Code of medical and sanitary regulations for the guidance of medical officers serving in the Madras Presidency - Volume I
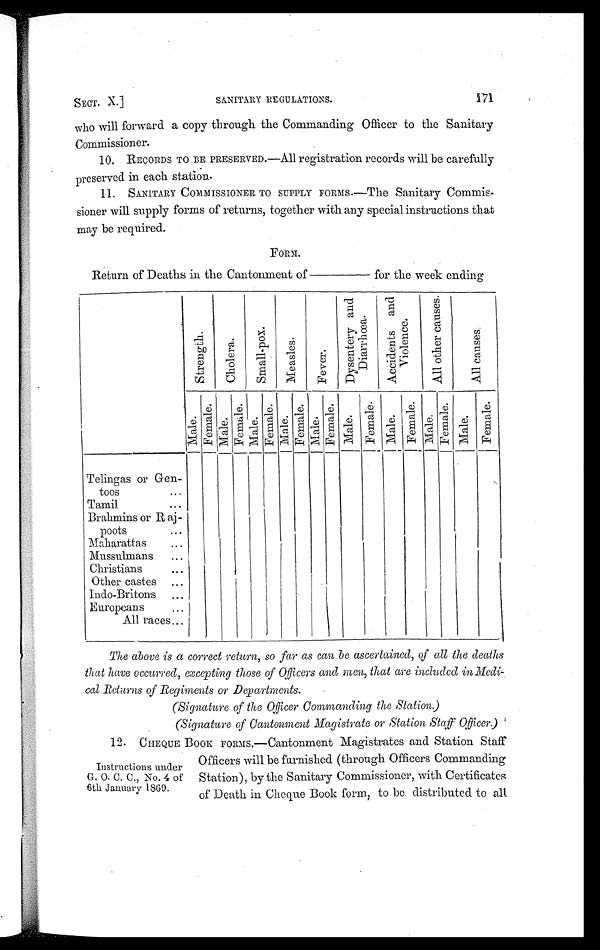
SECT. X.]
SANITARY REGULATIONS.
171
who will forward a copy through the Commanding Officer to the Sanitary
Commissioner.
10. RECORDS TO BE PRESERVED.—All registration records will be carefully
preserved in each station.
11. SANITARY COMMISSIONER TO SUPPLY FORMS.—The Sanitary Commis-
sioner will supply forms of returns, together with any special instructions that
may be required.
FORM.
Return of Deaths in the Cantonment of—for the week ending
S t r e n g t h .
C h o l e r a .
S m a l l - p o x .
M e a s l e s .
F e v e r .
D y s e n t e r y a n d
Di a r r h œa .
A c c i d e n t s a n d V i o l e n c e
A l l o t h e r c a u s e s .
A l l c a u s e s .
M a l e .
Femal e.
M a l e .
F e ma l e .
M a l e .
F e m a l e .
M a l e .
F e m a l e .
M a l e .
F e m a l e .
Mal e.
F e m a l e .
Mal e.
Femal e.
M a l e .
F e m a l e .
M a l e .
F e m a l e .
Telingas or Gen-
toos
...
Tamil
...
Brahmins or Raj-
poots
...
Maharattas
...
Mussulmans
Christians
. . .
Other castes ...
Indo-Britons ...
Europeans
.. .
All races...
The above is a correct return, so far as can be ascertained, of all the deaths
that have occurred, excepting those of Officers and men, that are included in Medi-
cal Returns of Regiments or Departments.
(Signature of the Officer Commanding the Station.)
(Signature of Cantonment Magistrate or Station Staff Officer.)
Instructions under
G . O . C . C . , N o . 4 o f
6th January 1869.
12. CHEQUE BOOK FORMS.—Cantonment Magistrates and Station Staff
Officers will be furnished (through Officers Commanding
Station), by the Sanitary Commissioner, with Certificates
of Death in Cheque Book form, to be distributed to all